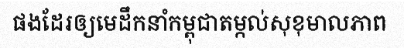
ផងដែរឲ្យមេដឹកនាំកម្ពុជាតម្កល់សុខុមាលភាព